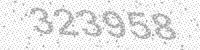
Solution: 323958